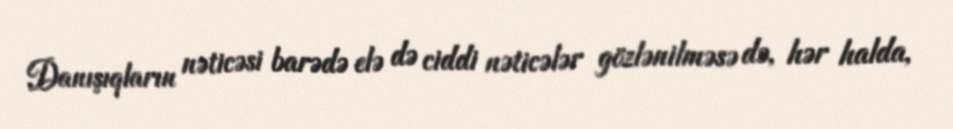
Danışıqların nəticəsi barədə elə də ciddi nəticələr gözlənilməsə də, hər halda,